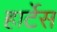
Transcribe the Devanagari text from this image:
हार्टेस